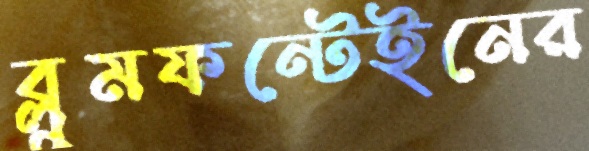
ব্লুমফন্টেইনের